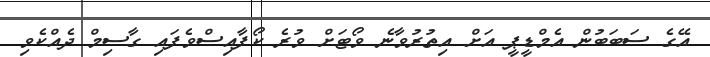
އޭގެ ސަބަބުން އެމްޑީޕީ އަށް އިތުރުވާނެ ވޯޓަށް ވުރެ ކޯފާއިސްވެފައި ގާސިމް ދެއްކެވި